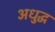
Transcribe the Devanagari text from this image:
अधुद्ध